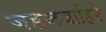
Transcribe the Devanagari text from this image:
जडजवाहिरे